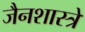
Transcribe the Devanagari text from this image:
जैनशास्त्रे